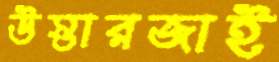
উস্তারজাই